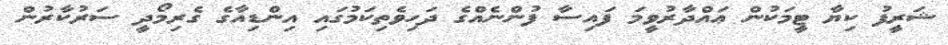
ޝަރީފު ކިޔާ ޓީމަކުން ޢައްދާރުވީމަ ފައިސާ ފުންނެއްގެ ދަހިވެތިކަމުގައި އިންޑިއާގެ ގެރިމޯދީ ސަރުކާރުން